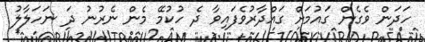
ހަދަން ވެގެން ގައުމަށް ގައްދާރުވެފައިވާ ދެ ހުކުމޭ މެން ނެރުނު ދަ ނަހަލާލު